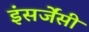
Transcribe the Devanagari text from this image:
इंसर्जेंसी